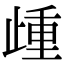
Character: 歱